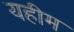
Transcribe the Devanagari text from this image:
यहीम